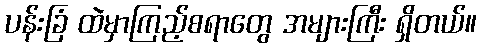
ပန်းခြံ ထဲမှာကြည့်စရာတွေ အများကြီး ရှိတယ်။